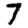
Digit: 7